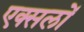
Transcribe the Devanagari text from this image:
एक्सलों